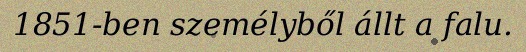
1851-ben személyből állt a falu.